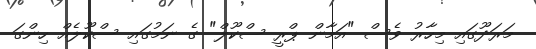
މަރަދޫގައި މިހާރު ވެސް "އަމާން ޕްރީ ސްކޫލް" ގެ ނަމުގައި ސްކޫލެއް ހިންގަ